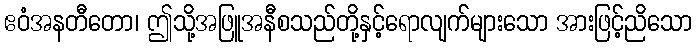
ဧဝံအနတီတော၊ ဤသို့အဖြူအနီစသည်တို့နှင့်ရောလျက်များသော အားဖြင့်ညိသော